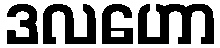
ဒလဟော